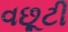
વછૂટી